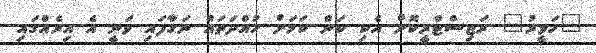
"ހަވީރު" ރަޖިސްޓްރީކޮށް އެކި ކަން ކަމަށް ހުއްދަތައް ނަގާފައި ވަނީ އެ އިރެއްގައި